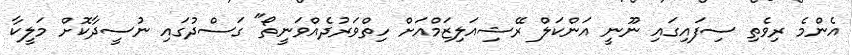
އެންމެ ރިވެތި ސިފައިގައި ނޫނީ އަންކަލް ރޭޝިއަލިޒަމްއަށް ހިތްވަރުދެއްވަނީތޯ" ގަސްދުގައި ނުސީދާކޮށް މަލީކާ